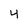
Character: 4